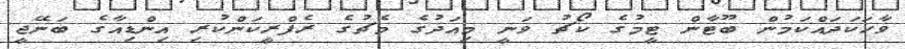
ވާހަކަދައްކަމުން ބޫޓާން ޓީމުގެ ކޯޗު ވަނީ މިއަދުގެ މެޗުގެ ރެފްރީކަންކުރި އިންޑިއާގެ ބަނޭޖީ